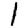
Digit: 1